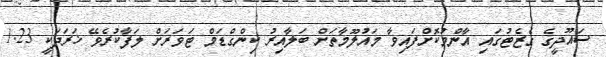
ސައޫދީގެ ގެޒެޓުގައި އާންމުކޮށްފައިވާ މައުލޫމާތަށް ބަލާއިރު ކިންގްޑަމް ޓަވަރަށް ލަފާކުރެވޭ ޚަރަދަކީ 1.23